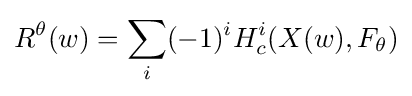
R^{\theta }(w)=\sum _{i}(-1)^{i}H_{c}^{i}(X(w),F_{\theta })